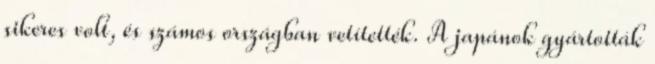
sikeres volt, és számos országban vetítették. A japánok gyártották